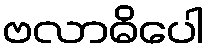
ဗလာဓိပေါ